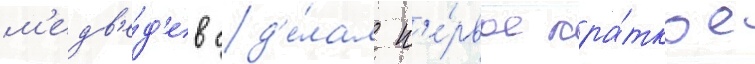
м'едв'е́д'ев сд'е́лал п'е́рвое кра́ткое